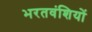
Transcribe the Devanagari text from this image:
भरतवंशियों